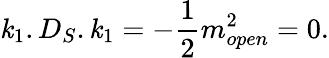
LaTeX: \mathit{k}_{1}.D_{S}.\mathit{k}_{1}=-{\frac{{1}}{{2}}}m_{open}^{2}=0.